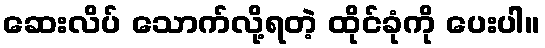
ဆေးလိပ် သောက်လို့ရတဲ့ ထိုင်ခုံကို ပေးပါ။